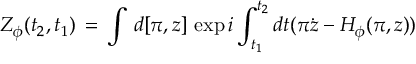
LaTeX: Z _ { \phi } ( t _ { 2 } , t _ { 1 } ) \, = \, \int \, d [ \pi , z ] \, \exp i \int _ { t _ { 1 } } ^ { t _ { 2 } } d t ( \pi \dot { z } - H _ { \phi } ( \pi , z ) )